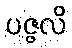
ပဇ္ဇလိ